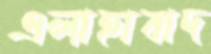
এলাহাবাদ